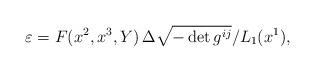
LaTeX: \begin{align*} {\varepsilon}=F(x^2,x^3, Y)\,{\Delta\sqrt{-\det g^{ij}}}/{{L}_1(x^1)},\end{align*}